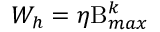
W _ { h } = \eta \mathrm { B } _ { m a x } ^ { k }